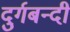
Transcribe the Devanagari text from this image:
दुर्गबन्दी